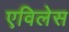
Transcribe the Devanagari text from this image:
एविलेस